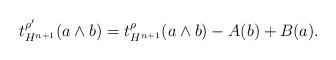
LaTeX: \begin{align*}t^{\rho^{\prime}}_{H^{n+1}}(a\wedge b) =t^{\rho}_{H^{n+1}}(a\wedge b) - A(b) + B(a).\end{align*}